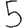
Digit: 5